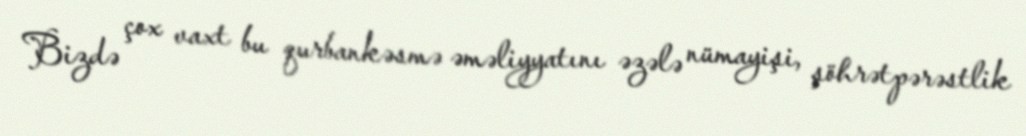
Bizdə çox vaxt bu qurbankəsmə əməliyyatını əzələ nümayişi, şöhrətpərəstlik